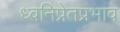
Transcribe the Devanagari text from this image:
ध्वनिप्रेतप्रभाव